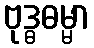
ဗုဒ္ဓဓမ္မာ